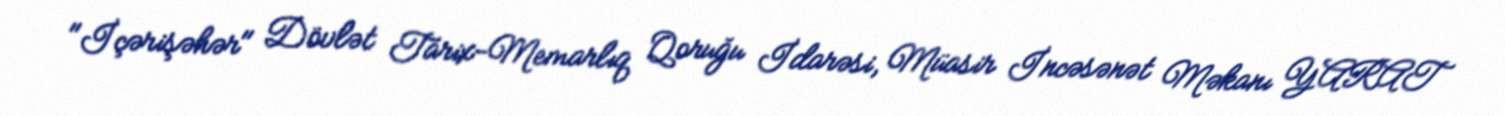
"İçərişəhər" Dövlət Tarix-Memarlıq Qoruğu İdarəsi, Müasir İncəsənət Məkanı YARAT